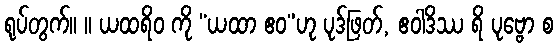
ရုပ်တွက်။ ။ ယထရိဝ ကို “ယထာ ဧဝ”ဟု ပုဒ်ဖြတ်, ဧဝါဒိဿ ရိ ပုဗ္ဗော စ